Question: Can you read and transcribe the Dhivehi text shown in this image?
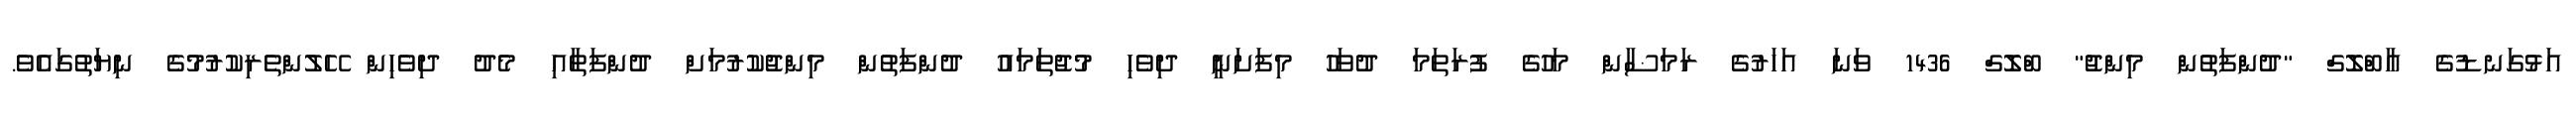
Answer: އަޅުގަނޑުގެ އާބްލޮގް "ދުންފަތުން މިންޖު" ބްލޮގް 1436 ވަނަ އަހަރުގެ ރަމަޟާން މަހުގެ ފުރަތަމަ ދުވަހު މިފަށަނީ ދިވެހި މުޖުތަމައު ދުންފަތުން މިންޖުކުރުމަށް ދުންފަތާއި މެދު ދިވެހިން ހޭލުންތެރިކުރުމުގެ ނިޔަތުގައެވެ.